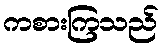
ကစားကြသည်